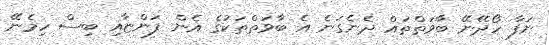
ނަފާ ހޯދޭނޭ ބާވަތްތައް ދެނެގަނެ އެ ބާވަތްތަކުގެ އެން ފަންޏާއި ބިސް ހިމެނޭ